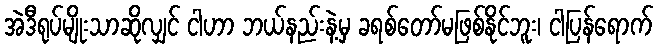
အဲဒီရုပ်မျိုးသာဆိုလျှင် ငါဟာ ဘယ်နည်းနဲ့မှ ခရစ်တော်မဖြစ်နိုင်ဘူး၊ ငါပြန်ရောက်